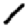
Digit: 1